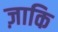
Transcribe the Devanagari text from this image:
ज़ाकि